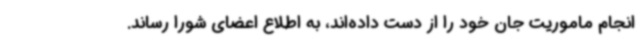
انجام ماموریت جان خود را از دست داده‌اند، به اطلاع اعضای شورا رساند.